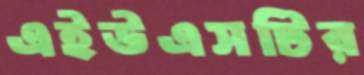
এইউএসটির